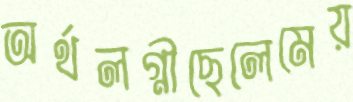
অর্থলগ্নীছেলেমেয়